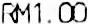
RM1.00